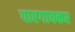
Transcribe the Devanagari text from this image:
पारगावकर